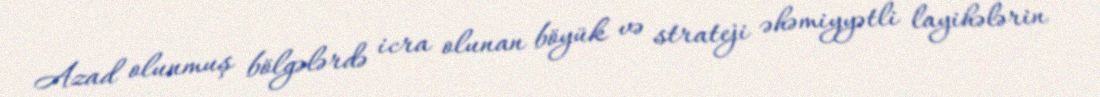
Azad olunmuş bölgələrdə icra olunan böyük və strateji əhəmiyyətli layihələrin